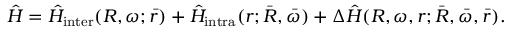
\hat { H } = \hat { H } _ { \mathrm { i n t e r } } ( R , \omega ; \bar { r } ) + \hat { H } _ { \mathrm { i n t r a } } ( r ; \bar { R } , \bar { \omega } ) + \Delta \hat { H } ( R , \omega , r ; \bar { R } , \bar { \omega } , \bar { r } ) .